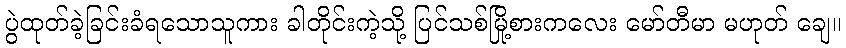
ပွဲထုတ်ခဲ့ခြင်းခံရသောသူကား ခါတိုင်းကဲ့သို့ ပြင်သစ်မြို့စားကလေး မော်တီမာ မဟုတ် ချေ။